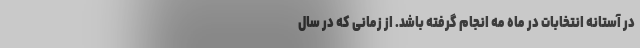
در آستانه انتخابات در ماه مه انجام گرفته باشد. از زمانی که در سال